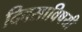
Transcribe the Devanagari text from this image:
दिवसाविषयी